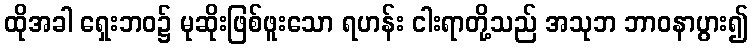
ထိုအခါ ရှေးဘဝ၌ မုဆိုးဖြစ်ဖူးသော ရဟန်း ငါးရာတို့သည် အသုဘ ဘာဝနာပွား၍